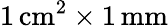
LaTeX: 1\, \mathrm{cm}^{2}\times 1\, \mathrm{mm}